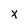
Character: X